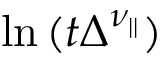
\ln { ( t \Delta ^ { \nu _ { | | } } ) }